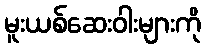
မူးယစ်ဆေးဝါးများကို